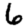
Digit: 6